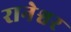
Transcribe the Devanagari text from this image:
रानेश्वर